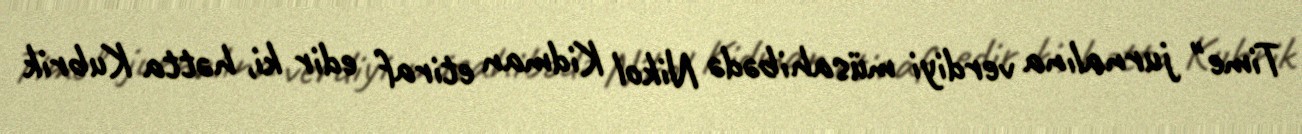
Time" jurnalına verdiyi müsahibədə Nikol Kidman etiraf edir ki, hətta Kubrik